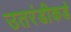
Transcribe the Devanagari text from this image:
उतरंडीकडे